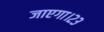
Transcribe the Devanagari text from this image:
जाएगा।२३